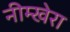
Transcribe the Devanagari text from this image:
नीम्खेरा